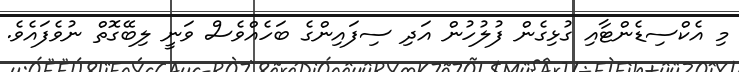
މި އެކްސިޑެންޓާއި ގުޅިގެން ފުލުހުން އަދި ސިފައިންގެ ބަހެއްވެސް ވަނީ ލިބޭގޮތް ނުވެފައެވެ.